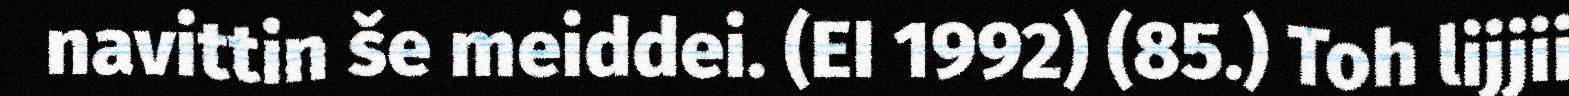
navittin še meiddei. (EI 1992) (85.) Toh lijjii